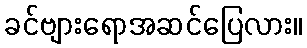
ခင်ဗျားရောအဆင်ပြေလား။